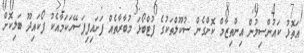
އަތޮޅު ކައުންސިލުން އިންތިޒާމް ކޮށްގެން ސުކޫލްތަކުގެ ފުޓްބޯޅަ މުބާރާތެއް ފަށައިފިފަސޭހަކަމާއެކު ފޯކައިދޫ ބަލިކޮށް